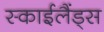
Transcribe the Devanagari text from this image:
स्‍काईलैंड्स